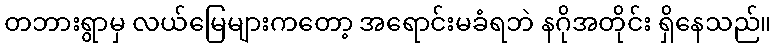
တဘားရွာမှ လယ်မြေများကတော့ အရောင်းမခံရဘဲ နဂိုအတိုင်း ရှိနေသည်။